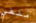
ملفي